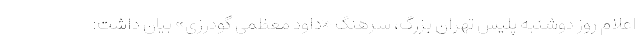
اعلام روز دوشنبه پلیس تهران بزرگ، سرهنگ «داود معظمی گودرزی» بیان داشت: